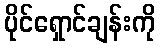
ပိုင်ရှောင်ချန်းကို